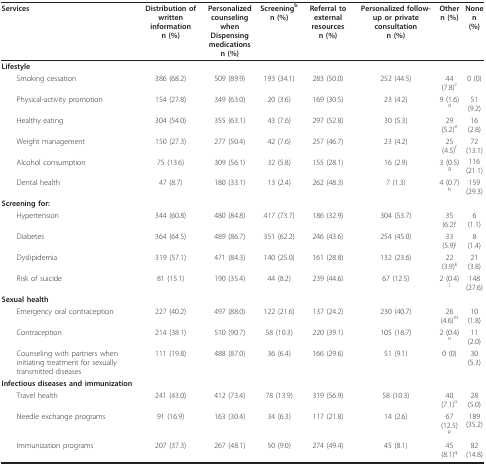
<table><thead><tr><td><b>Services</b></td><td><b>Distribution of written informationn (%)</b></td><td><b>Personalized counseling whenDispensing medicationsn (%)</b></td><td><b>Screening<sup>b</sup>n (%)</b></td><td><b>Referral to external resourcesn (%)</b></td><td><b>Personalized follow-up or private consultationn (%)</b></td><td><b>Othern (%)</b></td><td><b>Nonen (%)</b></td></tr></thead><tbody><tr><td><b>Lifestyle</b></td><td>[EMPTY_CELL]</td><td>[EMPTY_CELL]</td><td>[EMPTY_CELL]</td><td>[EMPTY_CELL]</td><td>[EMPTY_CELL]</td><td>[EMPTY_CELL]</td><td>[EMPTY_CELL]</td></tr><tr><td> Smoking cessation</td><td>386 (68.2)</td><td>509 (89.9)</td><td>193 (34.1)</td><td>283 (50.0)</td><td>252 (44.5)</td><td>44 (7.8)<sup>c</sup></td><td>0 (0)</td></tr><tr><td> Physical-activity promotion</td><td>154 (27.8)</td><td>349 (63.0)</td><td>20 (3.6)</td><td>169 (30.5)</td><td>23 (4.2)</td><td>9 (1.6)<sup>d</sup></td><td>51 (9.2)</td></tr><tr><td> Healthy eating</td><td>304 (54.0)</td><td>355 (63.1)</td><td>43 (7.6)</td><td>297 (52.8)</td><td>30 (5.3)</td><td>29 (5.2)<sup>e</sup></td><td>16 (2.8)</td></tr><tr><td> Weight management</td><td>150 (27.3)</td><td>277 (50.4)</td><td>42 (7.6)</td><td>257 (46.7)</td><td>23 (4.2)</td><td>25 (4.5)<sup>f</sup></td><td>72 (13.1)</td></tr><tr><td> Alcohol consumption</td><td>75 (13.6)</td><td>309 (56.1)</td><td>32 (5.8)</td><td>155 (28.1)</td><td>16 (2.9)</td><td>3 (0.5)<sup>g</sup></td><td>116 (21.1)</td></tr><tr><td> Dental health</td><td>47 (8.7)</td><td>180 (33.1)</td><td>13 (2.4)</td><td>262 (48.3)</td><td>7 (1.3)</td><td>4 (0.7)<sup>h</sup></td><td>159 (29.3)</td></tr><tr><td><b>Screening for:</b></td><td>[EMPTY_CELL]</td><td>[EMPTY_CELL]</td><td>[EMPTY_CELL]</td><td>[EMPTY_CELL]</td><td>[EMPTY_CELL]</td><td>[EMPTY_CELL]</td><td>[EMPTY_CELL]</td></tr><tr><td> Hypertension</td><td>344 (60.8)</td><td>480 (84.8)</td><td>417 (73.7)</td><td>186 (32.9)</td><td>304 (53.7)</td><td>35 (6.2)<sup>i</sup></td><td>6 (1.1)</td></tr><tr><td> Diabetes</td><td>364 (64.5)</td><td>489 (86.7)</td><td>351 (62.2)</td><td>246 (43.6)</td><td>254 (45.0)</td><td>33 (5.9)<sup>j</sup></td><td>8 (1.4)</td></tr><tr><td> Dyslipidemia</td><td>319 (57.1)</td><td>471 (84.3)</td><td>140 (25.0)</td><td>161 (28.8)</td><td>132 (23.6)</td><td>22 (3.9)<sup>k</sup></td><td>21 (3.8)</td></tr><tr><td> Risk of suicide</td><td>81 (15.1)</td><td>190 (35.4)</td><td>44 (8.2)</td><td>239 (44.6)</td><td>67 (12.5)</td><td>2 (0.4)<sup>l</sup></td><td>148 (27.6)</td></tr><tr><td><b>Sexual health</b></td><td>[EMPTY_CELL]</td><td>[EMPTY_CELL]</td><td>[EMPTY_CELL]</td><td>[EMPTY_CELL]</td><td>[EMPTY_CELL]</td><td>[EMPTY_CELL]</td><td>[EMPTY_CELL]</td></tr><tr><td> Emergency oral contraception</td><td>227 (40.2)</td><td>497 (88.0)</td><td>122 (21.6)</td><td>137 (24.2)</td><td>230 (40.7)</td><td>26 (4.6)<sup>m</sup></td><td>10 (1.8)</td></tr><tr><td> Contraception</td><td>214 (38.1)</td><td>510 (90.7)</td><td>58 (10.3)</td><td>220 (39.1)</td><td>105 (18.7)</td><td>2 (0.4)<sup>n</sup></td><td>11 (2.0)</td></tr><tr><td> Counseling with partners when initiating treatment for sexually transmitted diseases</td><td>111 (19.8)</td><td>488 (87.0)</td><td>36 (6.4)</td><td>166 (29.6)</td><td>51 (9.1)</td><td>0 (0)</td><td>30 (5.3)</td></tr><tr><td><b>Infectious diseases and immunization</b></td><td>[EMPTY_CELL]</td><td>[EMPTY_CELL]</td><td>[EMPTY_CELL]</td><td>[EMPTY_CELL]</td><td>[EMPTY_CELL]</td><td>[EMPTY_CELL]</td><td>[EMPTY_CELL]</td></tr><tr><td> Travel health</td><td>241 (43.0)</td><td>412 (73.4)</td><td>78 (13.9)</td><td>319 (56.9)</td><td>58 (10.3)</td><td>40 (7.1)<sup>o</sup></td><td>28 (5.0)</td></tr><tr><td> Needle exchange programs</td><td>91 (16.9)</td><td>163 (30.4)</td><td>34 (6.3)</td><td>117 (21.8)</td><td>14 (2.6)</td><td>67 (12.5)<sup>p</sup></td><td>189 (35.2)</td></tr><tr><td> Immunization programs</td><td>207 (37.3)</td><td>267 (48.1)</td><td>50 (9.0)</td><td>274 (49.4)</td><td>45 (8.1)</td><td>45 (8.1)<sup>q</sup></td><td>82 (14.8)</td></tr></tbody></table>